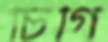
চিগি